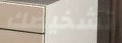
تشخيصك